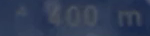
^400m